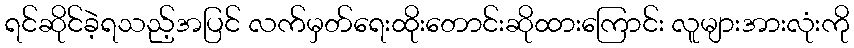
ရင်ဆိုင်ခဲ့ရသည့်အပြင် လက်မှတ်ရေးထိုးတောင်းဆိုထားကြောင်း လူများအားလုံးကို